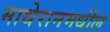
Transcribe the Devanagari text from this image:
माथेरानमधील